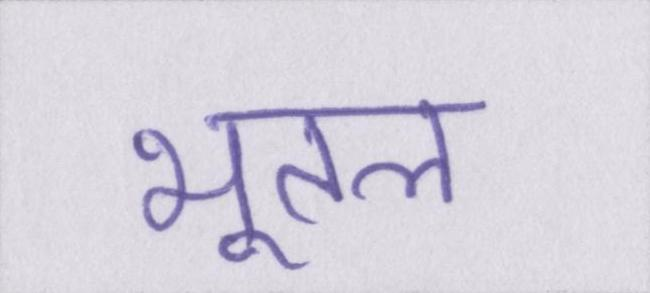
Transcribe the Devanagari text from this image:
भूतल